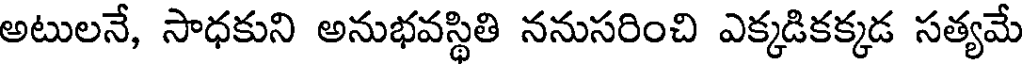
అటులనే, సాధకుని అనుభవస్థితి ననుసరించి ఎక్కడికక్కడ సత్యమే